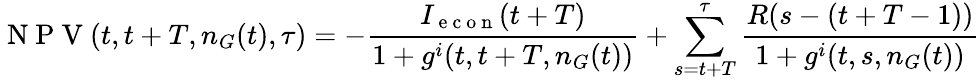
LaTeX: \mathrm{~N~P~V~}(t,t+T,n_{G}(t),\tau)=-\frac{I_{\mathrm{~e~c~o~n~}}(t+T)}{1+g^{i}(t,t+T,n_{G}(t))}+\sum_{s=t+T}^{\tau}\frac{R(s-(t+T-1))}{1+g^{i}(t,s,n_{G}(t))}